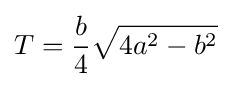
T={\frac {b}{4}}{\sqrt {4a^{2}-b^{2}}}